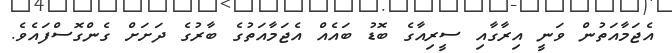
އެޖަމާއަތުން ވަނީ އިރާގާއި ސީރިއާގެ ބޮޑު ބައެއް އެޖަމާއަތުގެ ބާރުގެ ދަށަށް ގެންގޮސްފައެވެ.